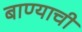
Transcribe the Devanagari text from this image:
बाण्याची